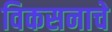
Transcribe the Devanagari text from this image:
विकसनाचे